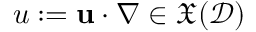
u : = { \mathbf { u } } \cdot \nabla \in \mathfrak { X } ( \mathcal { D } )